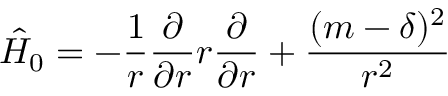
\hat { H } _ { 0 } = - { \frac { 1 } { r } } { \frac { \partial } { \partial r } } r { \frac { \partial } { \partial r } } + { \frac { ( m - \delta ) ^ { 2 } } { r ^ { 2 } } }